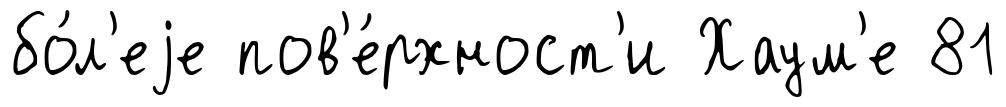
бо́л'еjе пов'е́рхност'и Хаум'е 81